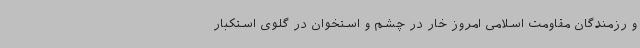
و رزمندگان مقاومت اسلامی امروز خار در چشم و استخوان در گلوی استکبار